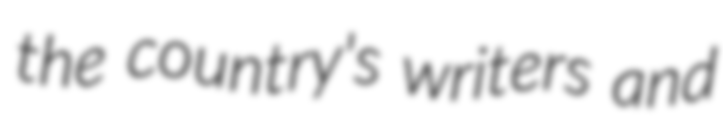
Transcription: the country's writers and